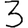
Digit: 3